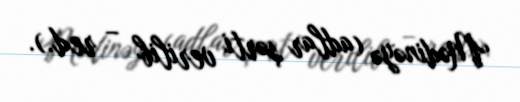
Mədinəyə (adlar şərti verilib – red.).